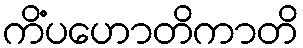
ကိံပဟောတိကာတိ